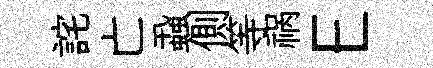
詫亡蝨側等祸E